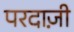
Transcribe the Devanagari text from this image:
परदाज़ी